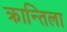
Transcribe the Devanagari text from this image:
क्रान्तिला